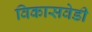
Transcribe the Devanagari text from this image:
विकासवेडी